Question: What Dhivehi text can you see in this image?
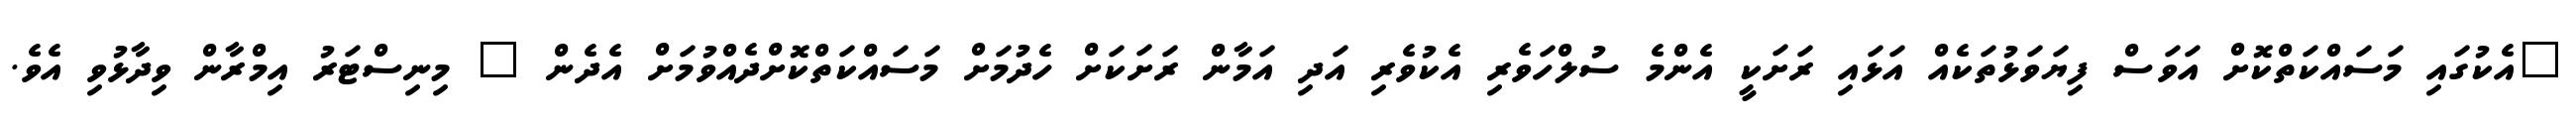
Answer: "އެކުގައި މަސައްކަތްކޮށް އަވަސް ފިޔަވަޅުތަކެއް އަޅައި ރަށަކީ އެންމެ ސުލްހަވެރި އެކުވެރި އަދި އަމާން ރަށަކަށް ހެދުމަށް މަސައްކަތްކޮށްދެއްވުމަށް އެދެން " މިނިސްޓަރު އިމްރާން ވިދާޅުވި އެވެ.